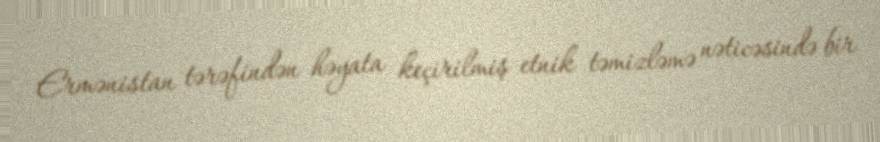
Ermənistan tərəfindən həyata keçirilmiş etnik təmizləmə nəticəsində bir